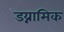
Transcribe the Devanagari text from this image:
डय्नामिक